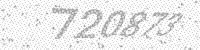
Solution: 720873